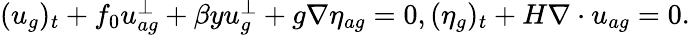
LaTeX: \begin{array}{r}{(u_{g})_{t}+f_{0}u_{ag}^{\perp}+\beta yu_{g}^{\perp}+g\nabla\eta_{ag}=0,(\eta_{g})_{t}+H\nabla\cdot u_{ag}=0.}\end{array}